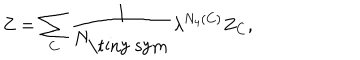
Z = \sum _ { C } \frac { 1 } { N _ { \mathrm { \tiny ~ s y m } } } \lambda ^ { N _ { 4 } ( C ) } Z _ { C } ,